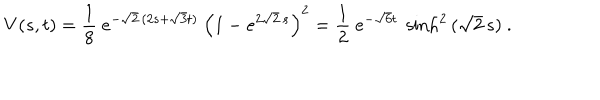
V ( s , t ) = \frac { 1 } { 8 } \ { e ^ { - { \sqrt { 2 } } \, ( 2 s + { \sqrt { 3 } } t ) } } \ \left( 1 - { e ^ { 2 { \sqrt { 2 } } \, s } } \right) ^ { 2 } = \frac { 1 } { 2 } \ e ^ { - \sqrt { 6 } t } \ \sinh ^ { 2 } \, ( \sqrt { 2 } \, s ) \ .